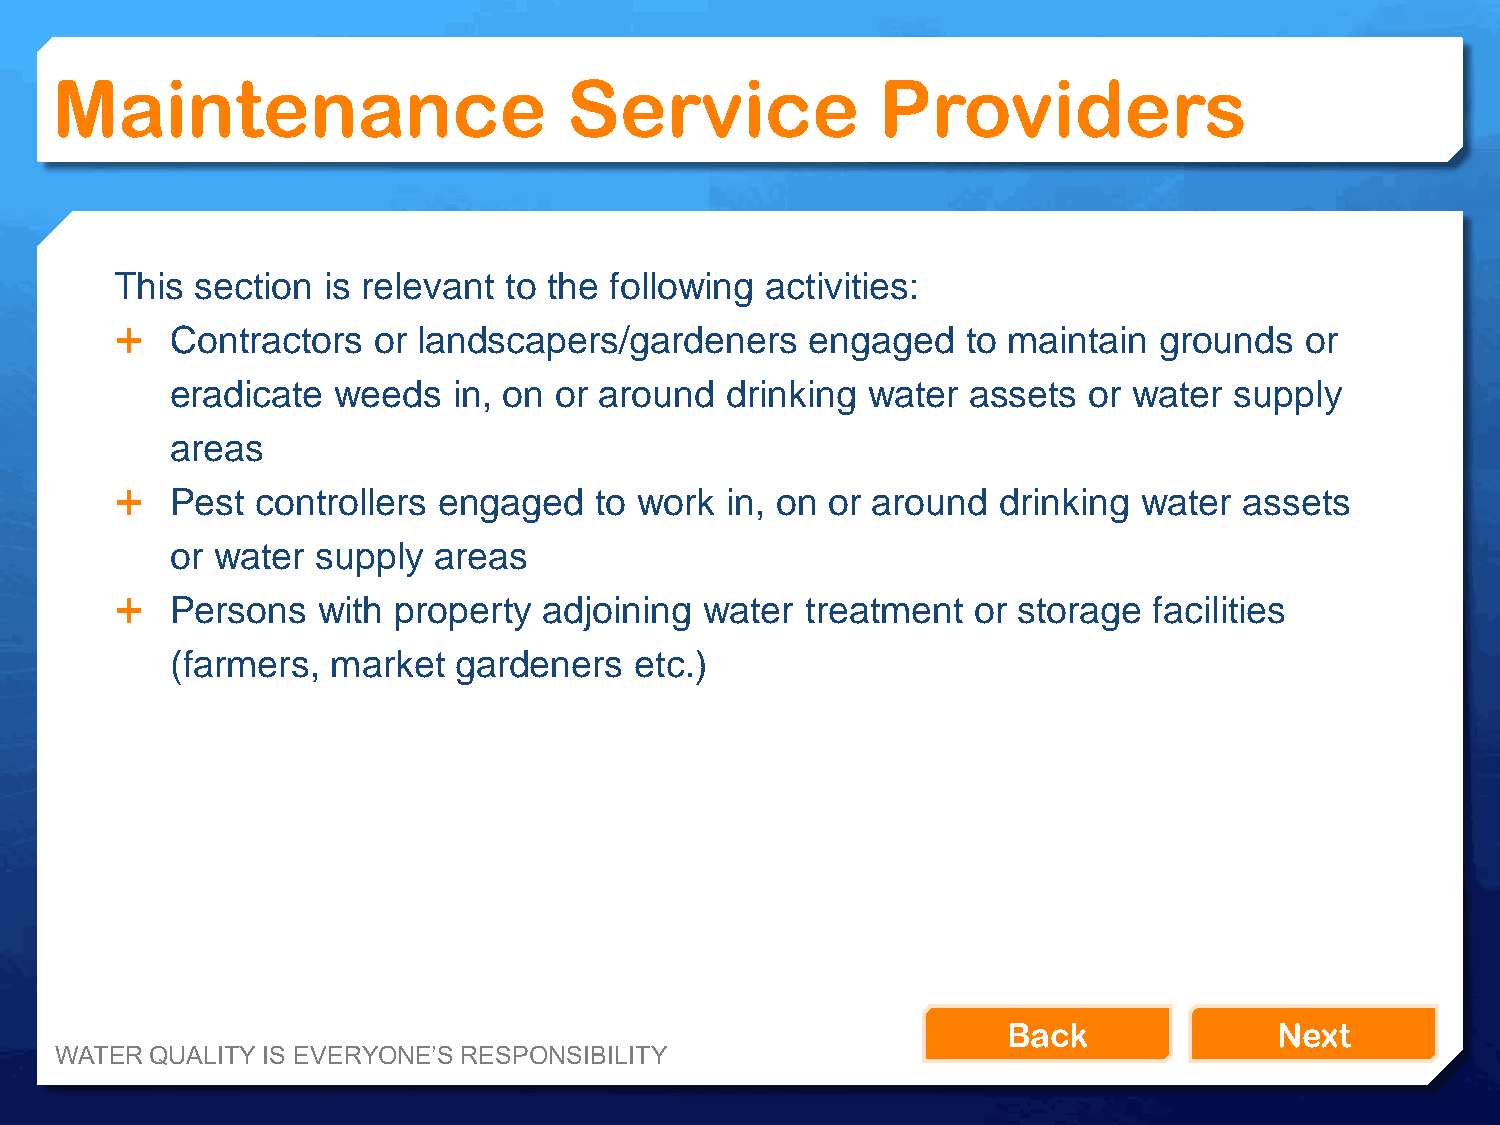
Maintenance                        Service             Providers
 This section is relevant to the following  activities:
   Contractors   or landscapers/gardeners     engaged   to maintain  grounds  or
 eradicate  weeds   in, on or around  drinking water  assets  or water  supply
 areas
   Pest  controllers engaged   to work  in, on or around  drinking  water assets
 or water  supply  areas
   Persons   with property  adjoining  water treatment  or storage  facilities
 (farmers,  market  gardeners   etc.)
 Back              Next
 WATER QUALITY IS EVERYONE’S RESPONSIBILITY